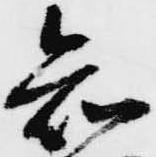
知